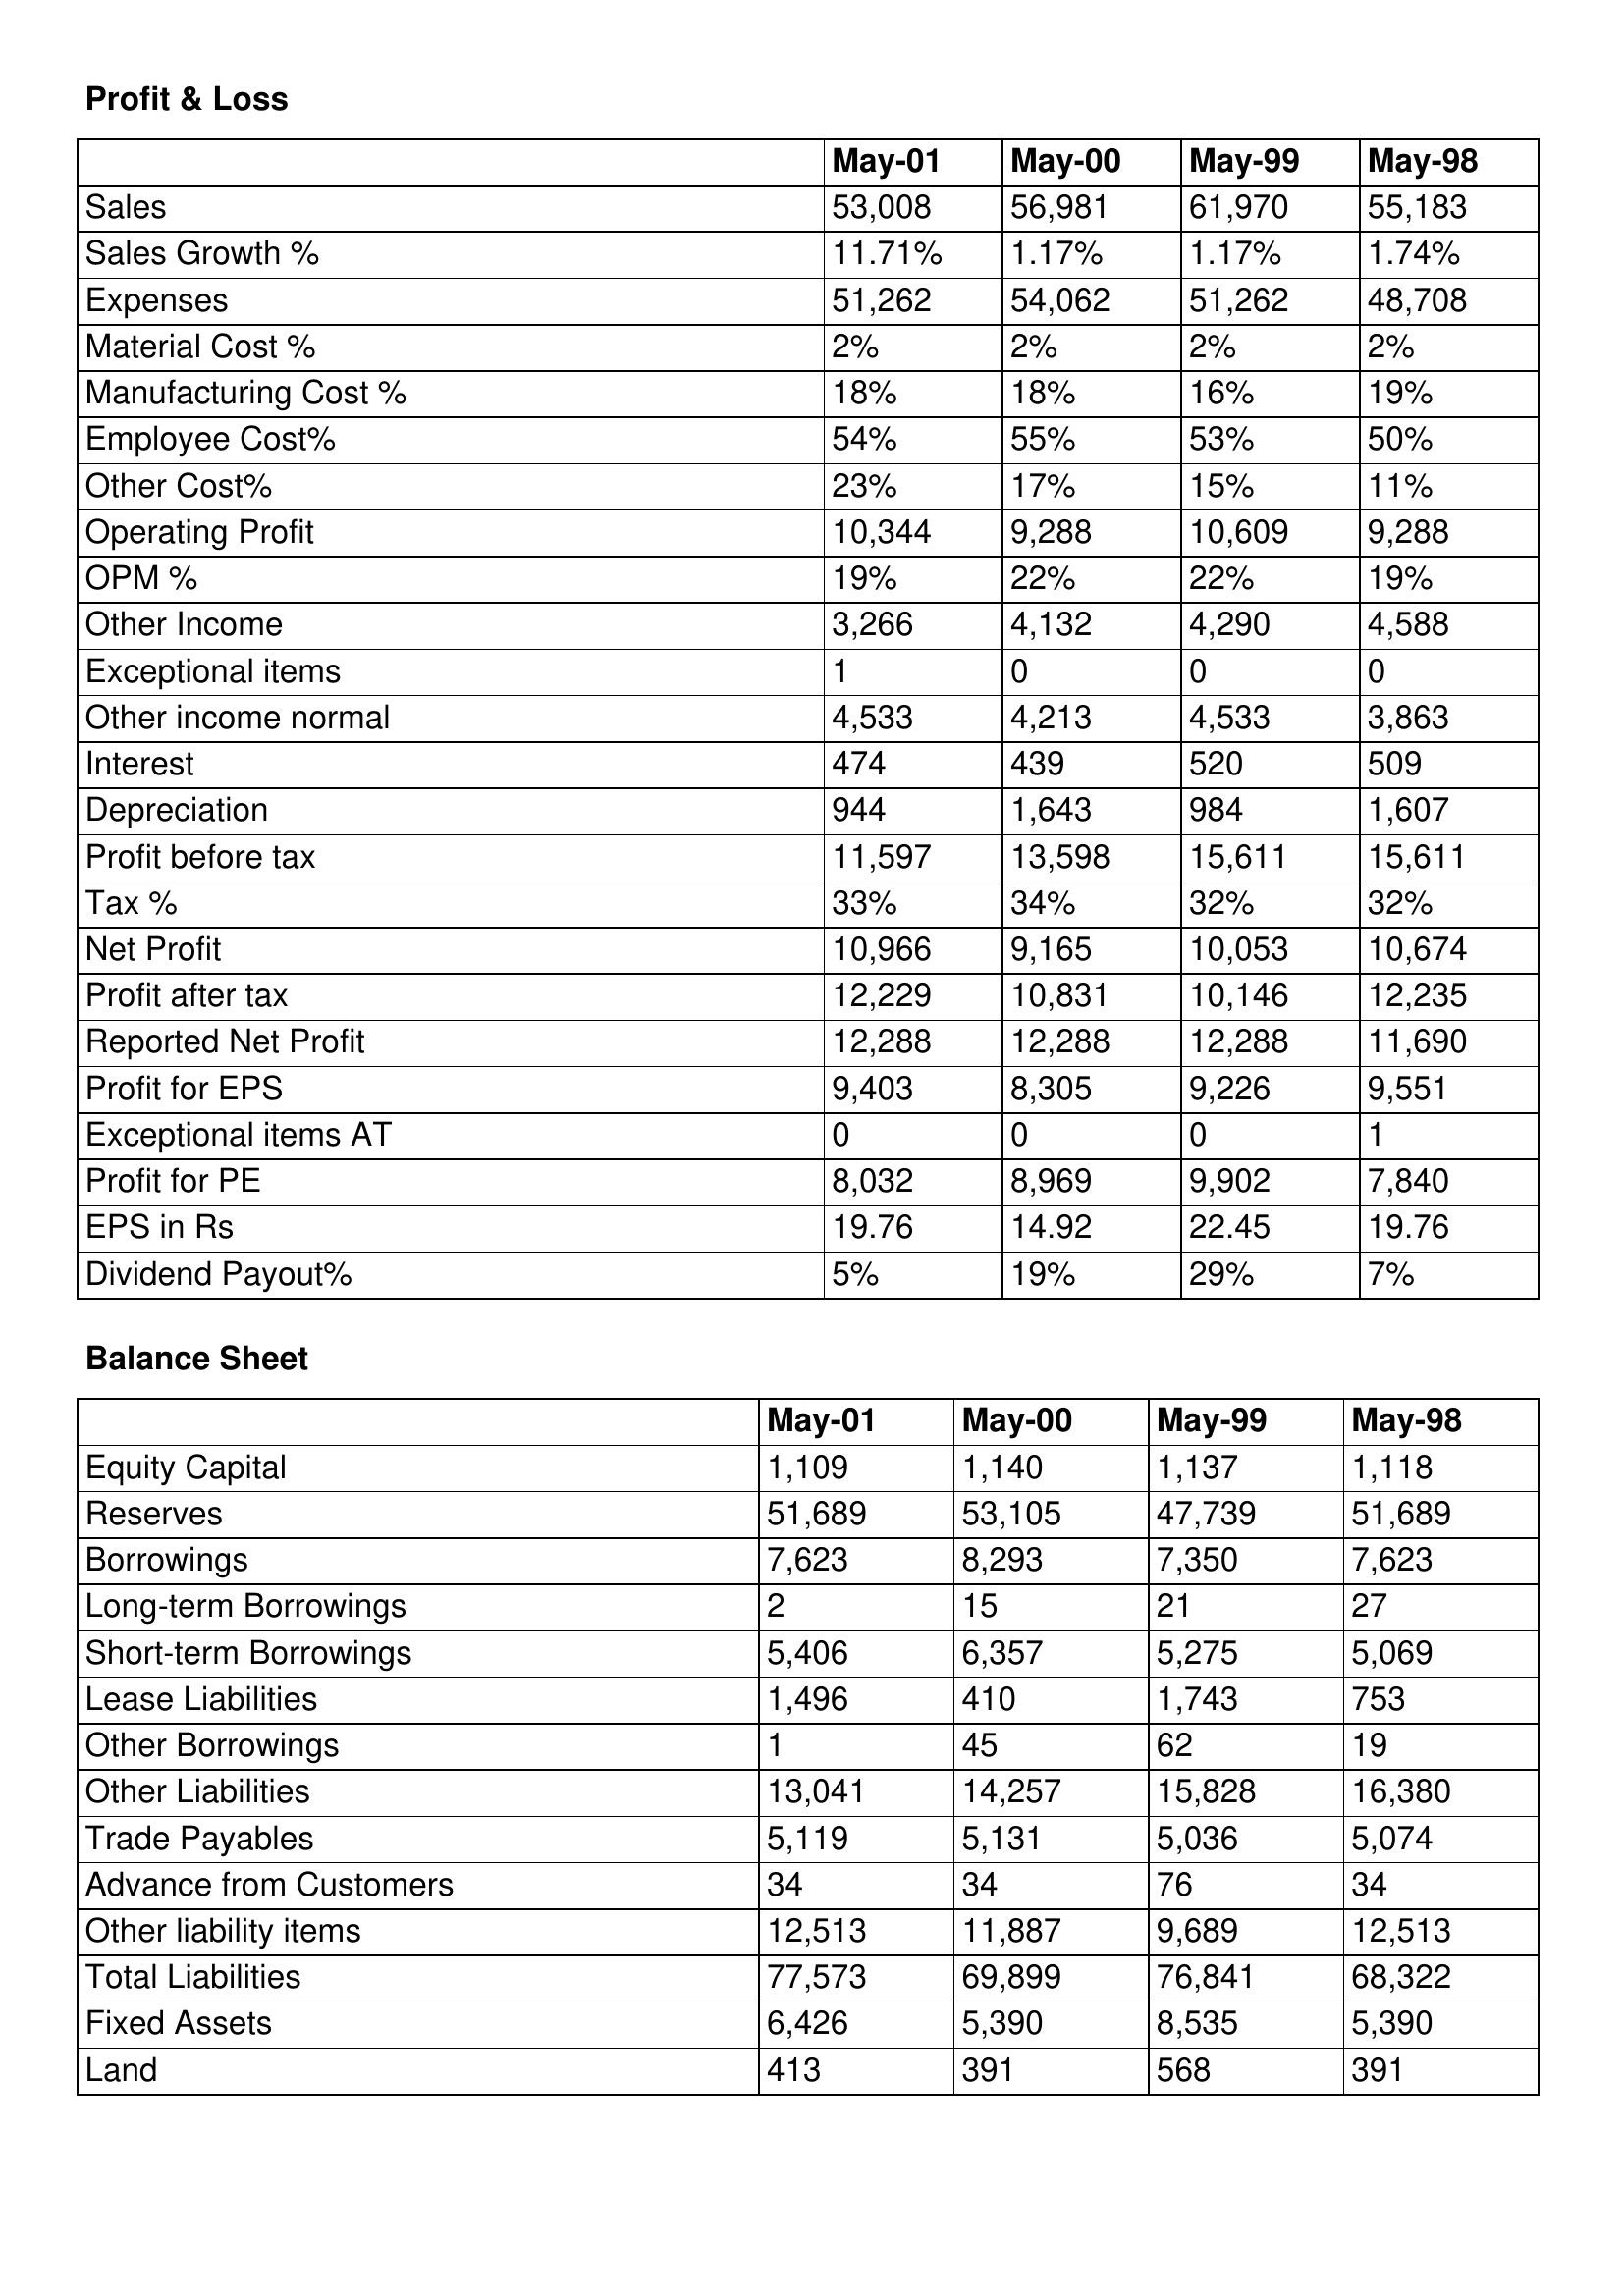
gt_parse: May-01: Profit & Loss: Sales: 53,008
Sales Growth %: 11.71%
Expenses: 51,262
Material Cost %: 2%
Manufacturing Cost %: 18%
Employee Cost%: 54%
Other Cost%: 23%
Operating Profit: 10,344
OPM %: 19%
Other Income: 3,266
Exceptional items: 1
Other income normal: 4,533
Interest: 474
Depreciation: 944
Profit before tax: 11,597
Tax %: 33%
Net Profit: 10,966
Profit after tax: 12,229
Reported Net Profit: 12,288
Profit for EPS: 9,403
Exceptional items AT: 0
Profit for PE: 8,032
EPS in Rs: 19.76
Dividend Payout%: 5%
Balance Sheet: Equity Capital: 1,109
Reserves: 51,689
Borrowings: 7,623
Long-term Borrowings: 2
Short-term Borrowings: 5,406
Lease Liabilities: 1,496
Other Borrowings: 1
Other Liabilities: 13,041
Trade Payables: 5,119
Advance from Customers: 34
Other liability items: 12,513
Total Liabilities: 77,573
Fixed Assets: 6,426
Land: 413
May-00: Profit & Loss: Sales: 56,981
Sales Growth %: 1.17%
Expenses: 54,062
Material Cost %: 2%
Manufacturing Cost %: 18%
Employee Cost%: 55%
Other Cost%: 17%
Operating Profit: 9,288
OPM %: 22%
Other Income: 4,132
Exceptional items: 0
Other income normal: 4,213
Interest: 439
Depreciation: 1,643
Profit before tax: 13,598
Tax %: 34%
Net Profit: 9,165
Profit after tax: 10,831
Reported Net Profit: 12,288
Profit for EPS: 8,305
Exceptional items AT: 0
Profit for PE: 8,969
EPS in Rs: 14.92
Dividend Payout%: 19%
Balance Sheet: Equity Capital: 1,140
Reserves: 53,105
Borrowings: 8,293
Long-term Borrowings: 15
Short-term Borrowings: 6,357
Lease Liabilities: 410
Other Borrowings: 45
Other Liabilities: 14,257
Trade Payables: 5,131
Advance from Customers: 34
Other liability items: 11,887
Total Liabilities: 69,899
Fixed Assets: 5,390
Land: 391
May-99: Profit & Loss: Sales: 61,970
Sales Growth %: 1.17%
Expenses: 51,262
Material Cost %: 2%
Manufacturing Cost %: 16%
Employee Cost%: 53%
Other Cost%: 15%
Operating Profit: 10,609
OPM %: 22%
Other Income: 4,290
Exceptional items: 0
Other income normal: 4,533
Interest: 520
Depreciation: 984
Profit before tax: 15,611
Tax %: 32%
Net Profit: 10,053
Profit after tax: 10,146
Reported Net Profit: 12,288
Profit for EPS: 9,226
Exceptional items AT: 0
Profit for PE: 9,902
EPS in Rs: 22.45
Dividend Payout%: 29%
Balance Sheet: Equity Capital: 1,137
Reserves: 47,739
Borrowings: 7,350
Long-term Borrowings: 21
Short-term Borrowings: 5,275
Lease Liabilities: 1,743
Other Borrowings: 62
Other Liabilities: 15,828
Trade Payables: 5,036
Advance from Customers: 76
Other liability items: 9,689
Total Liabilities: 76,841
Fixed Assets: 8,535
Land: 568
May-98: Profit & Loss: Sales: 55,183
Sales Growth %: 1.74%
Expenses: 48,708
Material Cost %: 2%
Manufacturing Cost %: 19%
Employee Cost%: 50%
Other Cost%: 11%
Operating Profit: 9,288
OPM %: 19%
Other Income: 4,588
Exceptional items: 0
Other income normal: 3,863
Interest: 509
Depreciation: 1,607
Profit before tax: 15,611
Tax %: 32%
Net Profit: 10,674
Profit after tax: 12,235
Reported Net Profit: 11,690
Profit for EPS: 9,551
Exceptional items AT: 1
Profit for PE: 7,840
EPS in Rs: 19.76
Dividend Payout%: 7%
Balance Sheet: Equity Capital: 1,118
Reserves: 51,689
Borrowings: 7,623
Long-term Borrowings: 27
Short-term Borrowings: 5,069
Lease Liabilities: 753
Other Borrowings: 19
Other Liabilities: 16,380
Trade Payables: 5,074
Advance from Customers: 34
Other liability items: 12,513
Total Liabilities: 68,322
Fixed Assets: 5,390
Land: 391